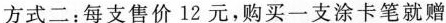
方式二：每支售价12元，购买一支涂卡笔就赠